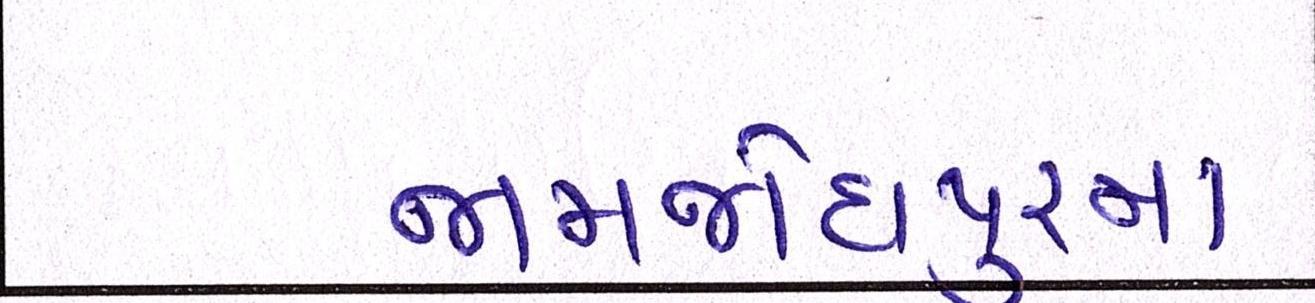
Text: જામજોધપુરમાં